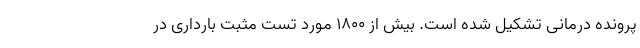
پرونده درمانی تشکیل شده است. بیش از ۱۸۰۰ مورد تست مثبت بارداری در